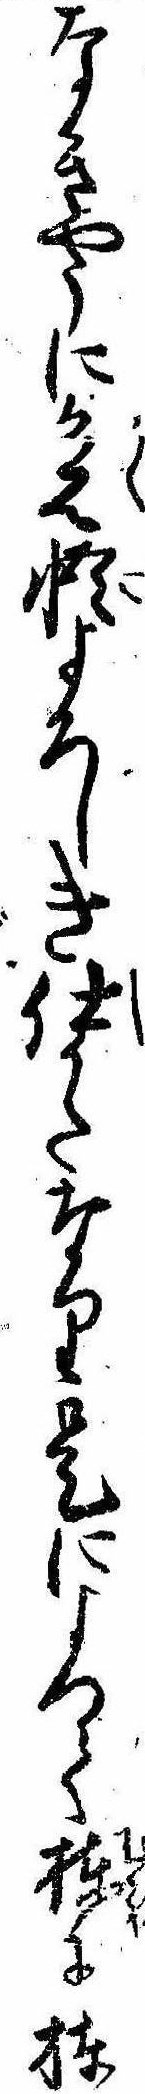
なきやうに覚悟よろしき仕かたなり是によつて棟に棟